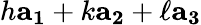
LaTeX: h\mathbf{a_{1}}+k\mathbf{a_{2}}+\ell\mathbf{a_{3}}